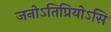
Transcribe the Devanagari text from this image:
जनोऽतिप्रियोऽसि